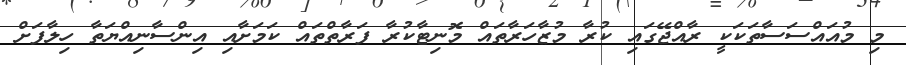
މި މުއައްސަސާތަކަކީ ރާއްޖޭގައި ކުރާ މުޒާހަރާތައް މޮނިޓާކުރާ ފަރާތްތައް ކަމަށާއި އިންސާނިއްޔަތާ ހިލާފަށް